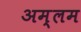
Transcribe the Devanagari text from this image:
अम्लम